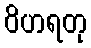
ဝိဟရတု